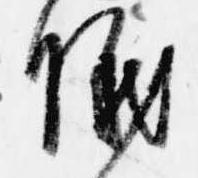
儀